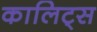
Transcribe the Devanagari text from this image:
कालिट्स